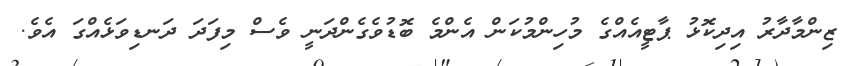
ޒިންމާދާރު އިދިކޮޅު ޕާޓީއެއްގެ މުހިންމުކަން އެންމެ ބޮޑުވެގެންދަނީ ވެސް މިފަދަ ދަނޑިވަޅެއްގަ އެވެ.